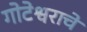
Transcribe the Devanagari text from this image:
गोटेश्वराचे